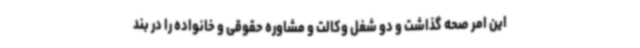
این امر صحه گذاشت و دو شغل وکالت و مشاوره حقوقی و خانواده را در بند